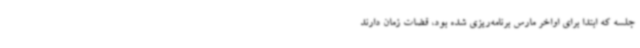
جلسه که ابتدا برای اواخر مارس برنامه‌ریزی شده بود، قضات زمان دارند